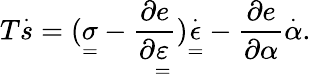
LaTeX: T\overset{\cdot}{s}=(\underset{=}{\sigma}-\frac{\partial e}{\partial\underset{=}{\varepsilon}})\overset{\cdot}{\underset{=}{\epsilon}}-\frac{\partial e}{\partial\alpha}\overset{\cdot}{\alpha}.